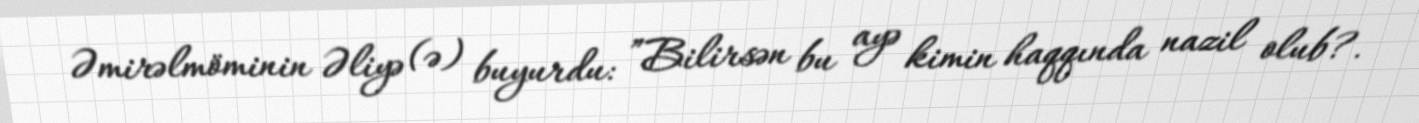
Əmirəlmöminin Əliyə (ə) buyurdu: ”Bilirsən bu ayə kimin haqqında nazil olub?.